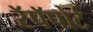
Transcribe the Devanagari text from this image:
रॅपॅपोर्ट